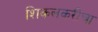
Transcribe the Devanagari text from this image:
शिकलकरीचा